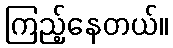
ကြည့်နေတယ်။